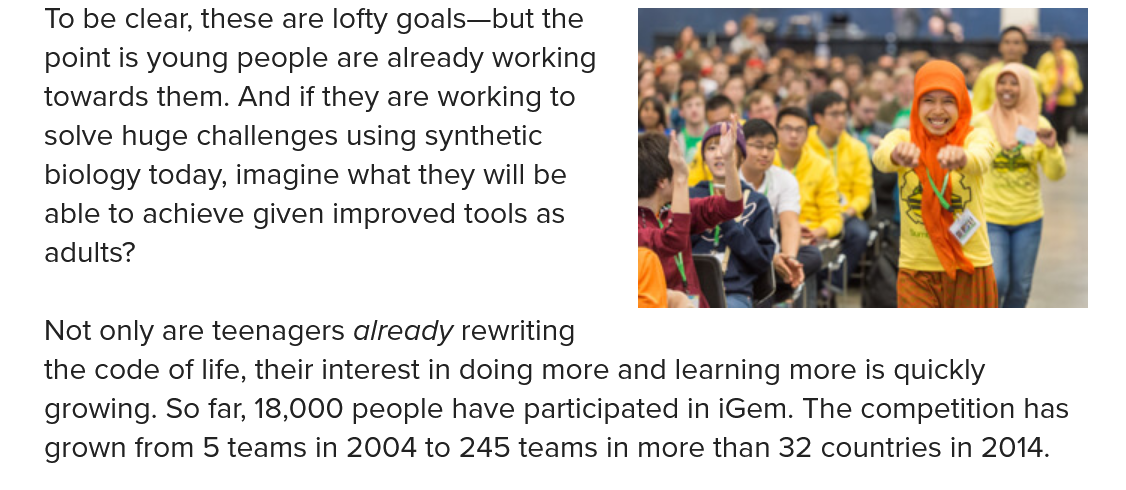
To be clear, these are lofty goals—but the
   point is young people are already working
   towards them. And if they are working to
   solve huge challenges using synthetic
   biology today, imagine what they will be
   able to achieve given improved tools as
   adults?
   Not only are teenagers already rewriting
   the code of life, their interest in doing more and learning more is quickly
   growing. So far, 18,000 people have participated in iGem. The competition has
   grown from 5 teams in 2004 to 245 teams in more than 32 countries in 2014.